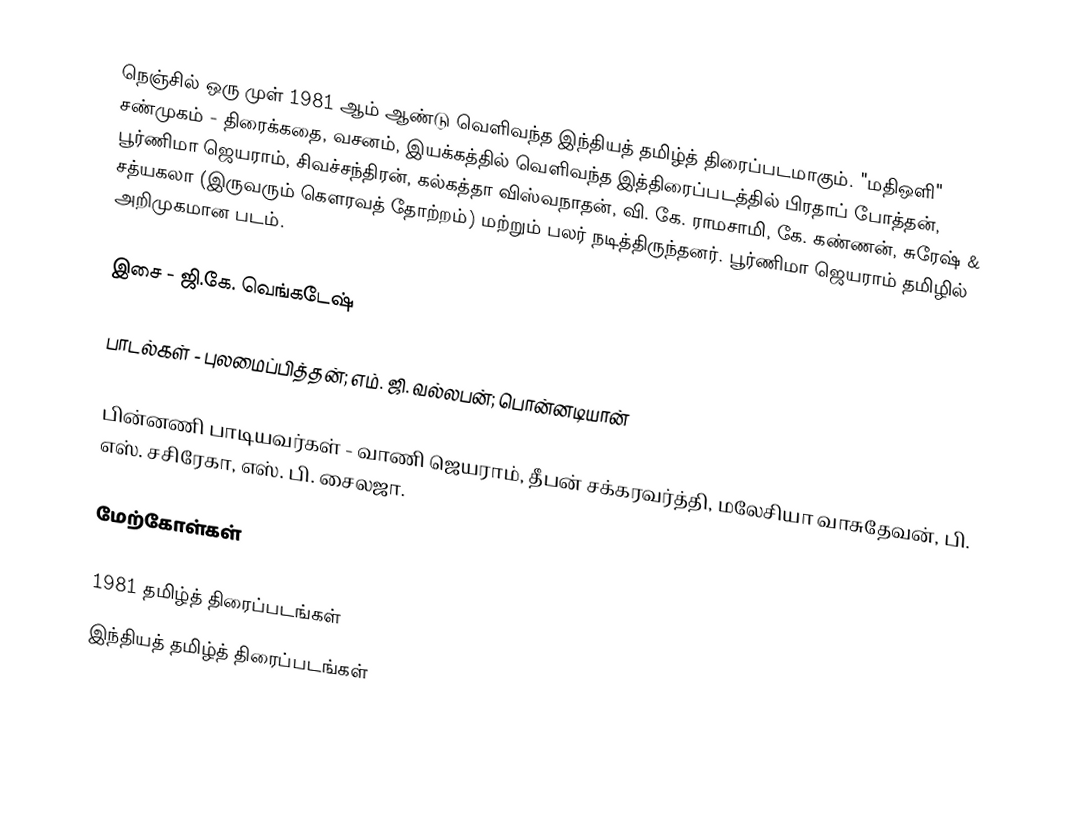
நெஞ்சில் ஒரு முள் 1981 ஆம் ஆண்டு வெளிவந்த இந்தியத் தமிழ்த் திரைப்படமாகும். "மதிஒளி" சண்முகம் - திரைக்கதை, வசனம், இயக்கத்தில் வெளிவந்த இத்திரைப்படத்தில் பிரதாப் போத்தன், பூர்ணிமா ஜெயராம், சிவச்சந்திரன், கல்கத்தா விஸ்வநாதன், வி. கே. ராமசாமி, கே. கண்ணன், சுரேஷ் & சத்யகலா (இருவரும் கௌரவத் தோற்றம்) மற்றும் பலர் நடித்திருந்தனர். பூர்ணிமா ஜெயராம் தமிழில் அறிமுகமான படம்.

இசை - ஜி.கே. வெங்கடேஷ்

பாடல்கள் - புலமைப்பித்தன்;  எம். ஜி. வல்லபன்;  பொன்னடியான்

பின்னணி பாடியவர்கள் - வாணி ஜெயராம், தீபன் சக்கரவர்த்தி, மலேசியா வாசுதேவன், பி. எஸ். சசிரேகா, எஸ். பி. சைலஜா.

மேற்கோள்கள்

1981 தமிழ்த் திரைப்படங்கள்
இந்தியத் தமிழ்த் திரைப்படங்கள்